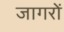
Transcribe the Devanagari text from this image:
जागरों